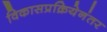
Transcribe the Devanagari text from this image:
विकासप्रक्रियेनंतर